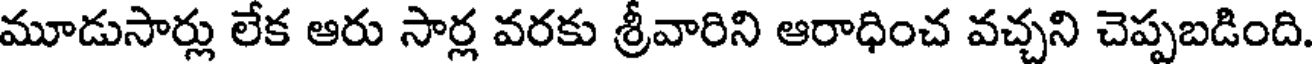
మూడుసార్లు లేక ఆరు సార్ల వరకు శ్రీవారిని ఆరాధించ వచ్చని చెప్పబడింది.